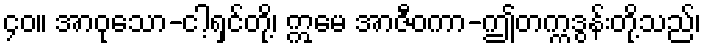
၄၀။ အာဝုသော-ငါ့ရှင်တို့၊ ဣမေ အာဇီဝကာ-ဤတက္ကဒွန်းတို့သည်၊